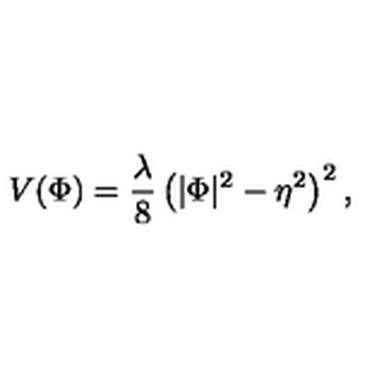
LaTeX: V ( \Phi ) = \frac { \lambda } { 8 } \left( \vert \Phi \vert ^ { 2 } - \eta ^ { 2 } \right) ^ { 2 } ,